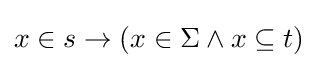
x\in s\to (x\in \Sigma \land x\subseteq t)